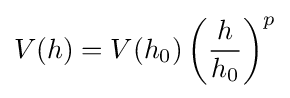
V(h)=V(h_{0})\left({\frac {h}{h_{0}}}\right)^{p}